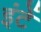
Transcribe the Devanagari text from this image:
इंटें